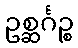
ဥစ္ဆင်္ဂဉ္စ